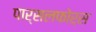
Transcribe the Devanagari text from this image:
पार्सलफोर्स